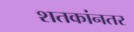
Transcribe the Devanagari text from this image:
शतकांनतर